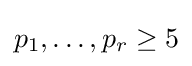
p_{1},\dots ,p_{r}\geq 5